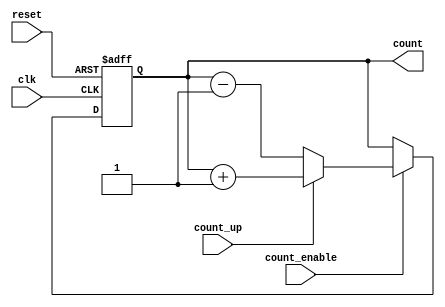
module ripple_counter #(
    parameter N = 4 // Number of bits for the counter
)(
    input wire clk,            // Clock input
    input wire reset,          // Asynchronous reset
    input wire count_enable,   // Count enable
    input wire count_up,       // Count up / Count down control
    output reg [N-1:0] count   // Counter output
);

    // Internal signal for toggling
    reg [N-1:0] next_count;

    always @(posedge clk or posedge reset) begin
        if (reset) begin
            count <= 0; // Reset the counter to 0
        end else if (count_enable) begin
            count <= next_count; // Update count on clock edge
        end
    end

    always @(*) begin
        if (count_enable) begin
            if (count_up) begin
                next_count = count + 1; // Increment for counting up
            end else begin
                next_count = count - 1; // Decrement for counting down
            end
        end else begin
            next_count = count; // Hold current count if not enabled
        end
    end

endmodule